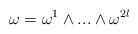
LaTeX: \begin{align*}\omega = \omega^{1}\wedge ... \wedge \omega^{2l}\end{align*}